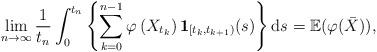
LaTeX: \begin{align*}\lim _{n \rightarrow \infty} \frac{1}{t_{n}} \int_{0}^{t_{n}}\left\{\sum_{k=0}^{n-1} \varphi\left(X_{t_{k}}\right) \mathbf{1}_{\left[t_{k}, t_{k+1}\right)}(s)\right\} \mathrm{d} s=\mathbb{E}(\varphi(\bar{X})),\end{align*}